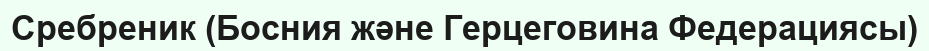
Сребреник (Босния және Герцеговина Федерациясы)